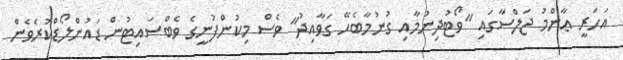
އަހަރީ ޢާންމު ޖަލްސާގައި "ވޯޓުދިނުމާއި ގުނުމާބެހޭ ގަވާއިދު" ވެސް މިކުންފުނީގެ ވެބްސައިޓުން ޑައުންލޯޑްކުރެވެން